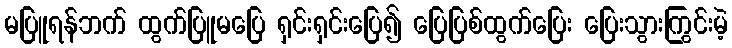
မပြူရန်ဘက် ထွက်ပြူမပြေ ရှင်းရှင်းပြေ၍ ပြေပြစ်ထွက်ပြေး ပြေးသွားကြွင်းမဲ့